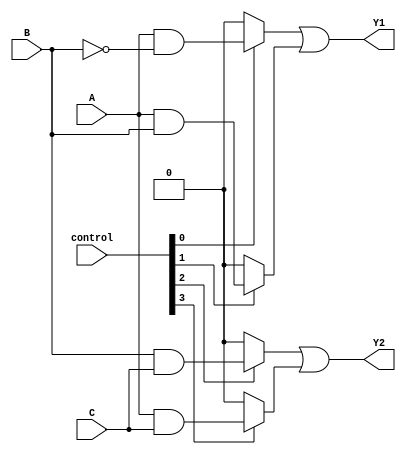
module PLA (
    input wire A,              // Input A
    input wire B,              // Input B
    input wire C,              // Input C
    input wire [3:0] control,  // Control signals for AND and OR arrays
    output wire Y1,            // Output Y1
    output wire Y2             // Output Y2
);

// Programmable AND array
wire p0, p1, p2, p3; // Product terms

// Product term generation based on control signals
assign p0 = control[0] ? (A & ~B) : 1'b0; // A AND NOT B
assign p1 = control[1] ? (A & B) : 1'b0;  // A AND B
assign p2 = control[2] ? (B & C) : 1'b0;  // B AND C
assign p3 = control[3] ? (A & C) : 1'b0;  // A AND C

// Programmable OR array
assign Y1 = p0 | p1; // Output Y1 from product terms p0 and p1
assign Y2 = p2 | p3; // Output Y2 from product terms p2 and p3

endmodule